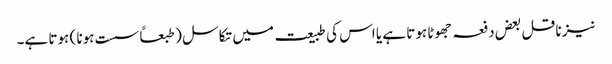
نیز ناقل بعض دفعہ جھوٹا ہوتا ہے یا اس کی طبیعت میں تکاسل ( طبعاً سست ہونا ) ہوتا ہے۔